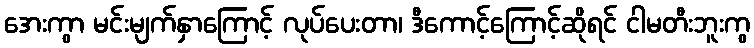
အေးကွာ မင်းမျက်နှာကြောင့် လုပ်ပေးတာ၊ ဒီကောင့်ကြောင့်ဆိုရင် ငါမတီးဘူးကွ